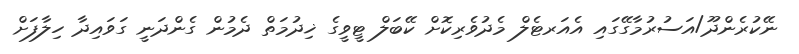
ނޭކުރެންދޫ/އަސުރުމާގޭގައި އެއަރޓެލް މެދުވެރިކޮށް ކޭބަލް ޓީވީގެ ޚިދުމަތް ދެމުން ގެންދަނީ ގަވައިދާ ހިލާފަށް